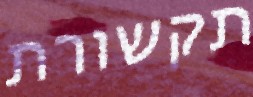
תקשורת